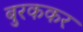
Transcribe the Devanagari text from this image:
बुरककर